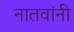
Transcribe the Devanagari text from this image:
नातवांनी